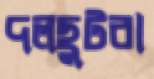
দলছুটরা